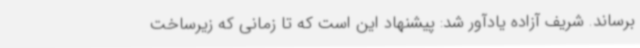
برساند. شریف آزاده یادآور شد: پیشنهاد این است که تا زمانی که زیرساخت